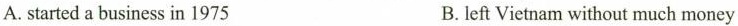
A. started a business in 1975 B. left Vietnam without much money